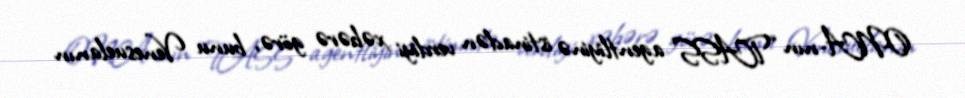
ONA-nın “TASS” agentliyinə istinadən verdiyi xəbərə görə, bunu Venesuelanın